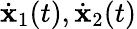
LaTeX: \dot{{\mathbf x}}_{1}(t),\dot{{\mathbf x}}_{2}(t)